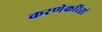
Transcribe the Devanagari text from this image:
करणेकरितां